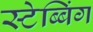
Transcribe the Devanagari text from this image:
स्टेब्बिंग